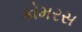
કોમરસ